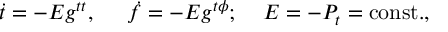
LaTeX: \dot { t } = - E g ^ { t t } , \; \; \; \; \; \dot { f } = - E g ^ { t \phi } ; \; \; \; \; E = - P _ { t } = \mathrm { c o n s t . } ,